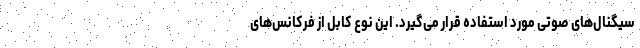
سیگنال‌های صوتی مورد استفاده قرار می‌گیرد. این نوع کابل از فرکانس‌های